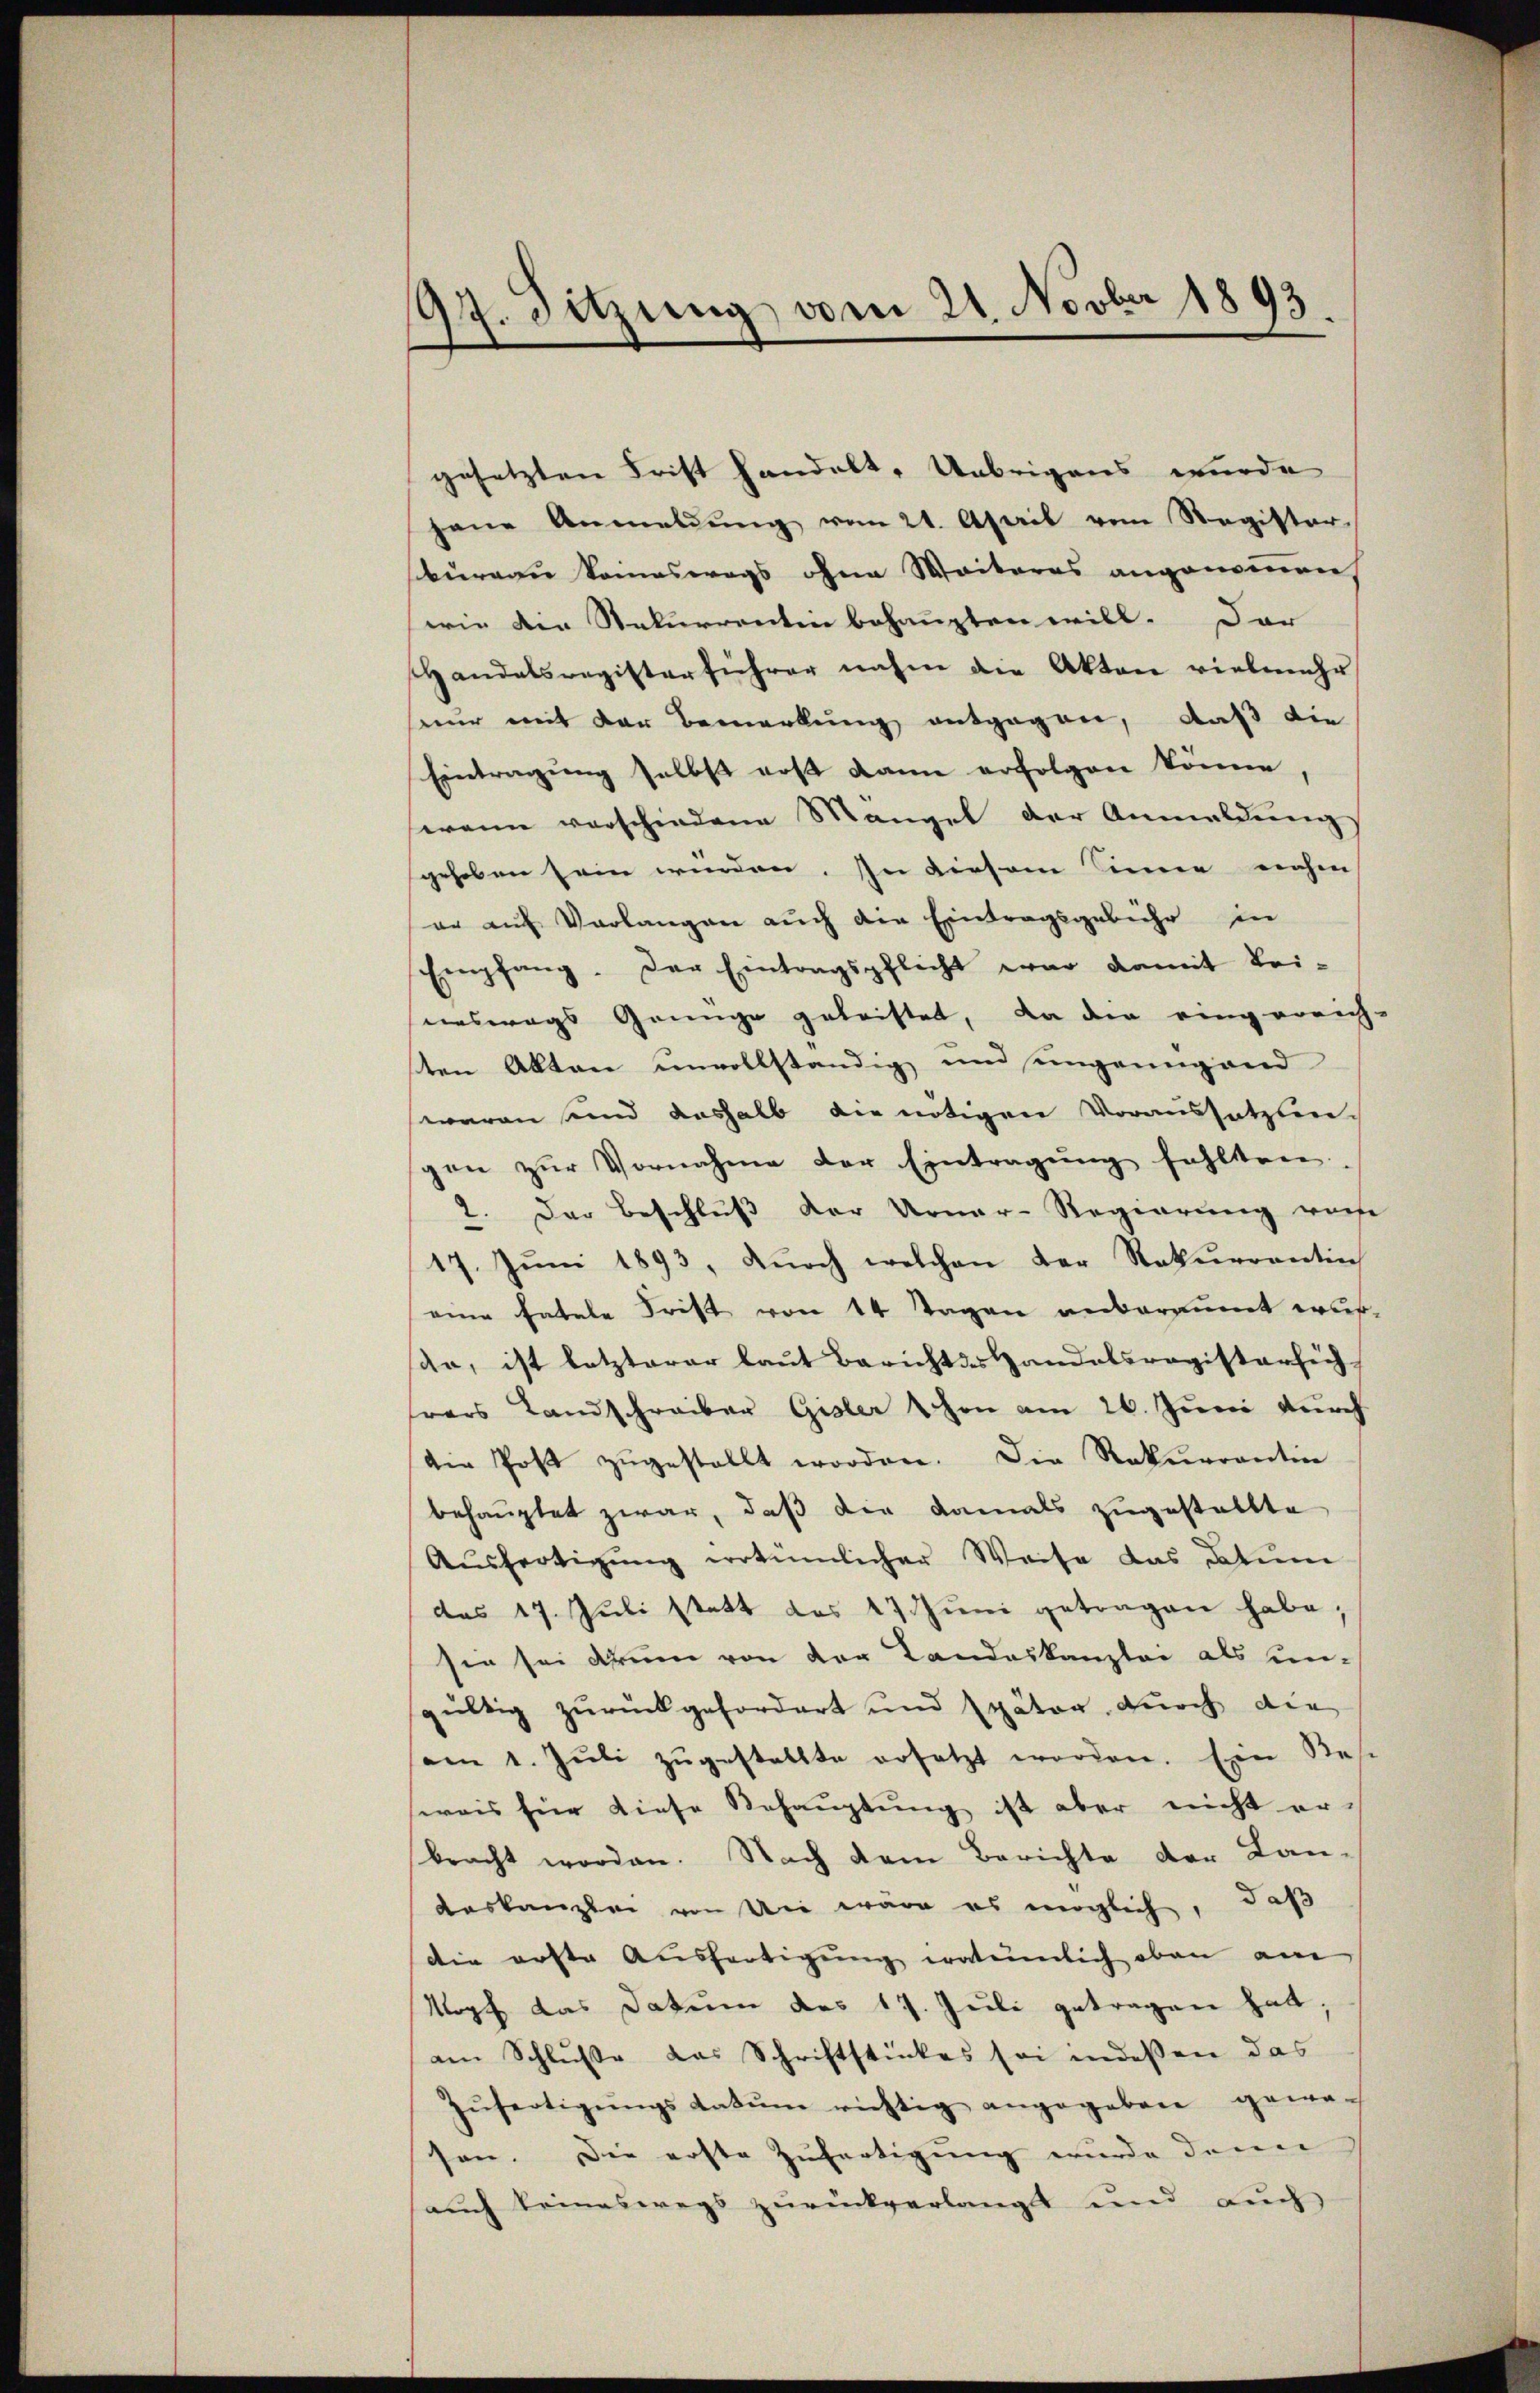
97. Sitzung vom 21. Novber 1893.

gesetzten Frist handelt. Übrigens wurde
jene Anmeldŭng vom 21. April vom Register-
büreau keineswegs ohne Weiteres angenommen,
wie die Rekurrentin behaupten will. Dar
Handelsregisterführer nahm die Akten vielmehr
seur mit der Bemerkung entgegen, daß die
Eintragung selbst erst dann erfolgen könne,
wenn verschiedene Mangel der Anmeldung,
gehoben sein werden. In diesem Sinne nahen
er auf Verlangen auch die Eintragsgebühr in
Empfang. Der Eintragspflicht war damit Bei-
seinswegs Grünge geleistet, da der eingereich-
sten Akten unvollständig und ungenügend
waren und deshalb die nötigen Voraussetzun-
spen zŭr Vornahme der Eintragung fehlten.
2. Der Beschluß der Urner-Regierung verse
17. Jŭni 1893, dŭrch welchen der Rekurrentin
eine fatale Frist von 14 Tagen anberaumt wuran, ist letzterer laut Bericht des Handelsregistersich
rers Landschreiber Gisler schon am 26. Juni durch
die Post zŭgestellt worden. Die Rekurrantin
behauptet zwar, daß die damals zugestellte
Aŭsfertigŭng errtümlicher Weise das Datum
das 17. Juli statt des 17. Jŭni getragen habe;
sie sei drum von der Landeskanzlei als un-
gültig zurückgefordert und später durch die
am 1. Jŭli zŭgestellte ersetzt worden. Ein Besi
weis für diese Behauptung ist aber nicht er-
bracht worden. Nach dem Berichte der Lan-
Aeskanzlei von die wäre es möglich, daß
Die erste Ausfertigŭng eratulich oben am
Kopf das Datum des 17. Juli getragen hat,
am Schluße das Schriftstückes sei indessen das
Zŭfertigŭngsdatŭm richtig angegeben gewa-
sen. Die erste Zufertigung wurde denn
auch keineswegs zurückverlangt und auch